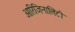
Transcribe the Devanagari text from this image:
ओरिजिनालिटी